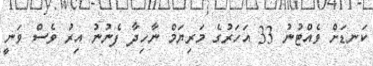
ކަނޑަށް ވެއްޓުނު 33 އަހަރުގެ މަރިޔަމް ނާހިދާ ފެނުނު އިރު ވެސް ވަނީ